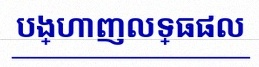
បង្ហាញលទ្ធផល